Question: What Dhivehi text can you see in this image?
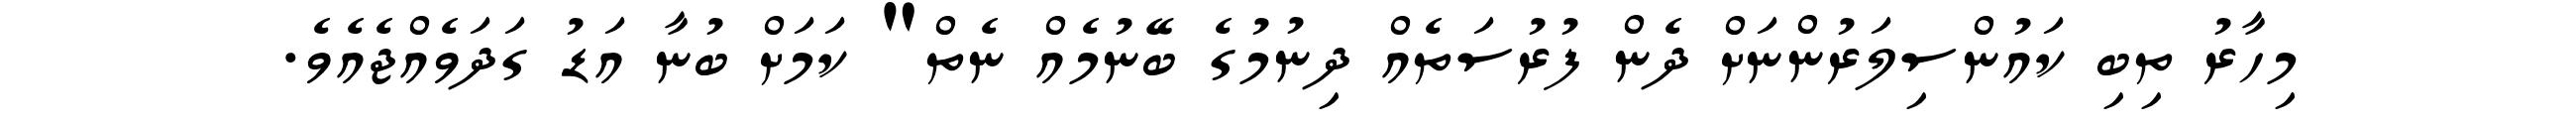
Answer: މިހާރު ތިބި ކައުންސިލަރުންނަށް ދެން ފުރުސަތެއް ދިނުމުގެ ބޭނުމެއް ނެތް" ކަމަށް ބުނާ އަޑު ގަދަވެއްޖެއެވެ.